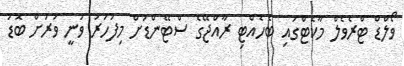
ވޯލްޑް ޓްރެވެލް މާކެޓްގައި ބެހެއްޓި ރާއްޖޭގެ ސްޓޭންޑަށް މިފަހަރު ވަނީ ވަރަށް ބޮޑު